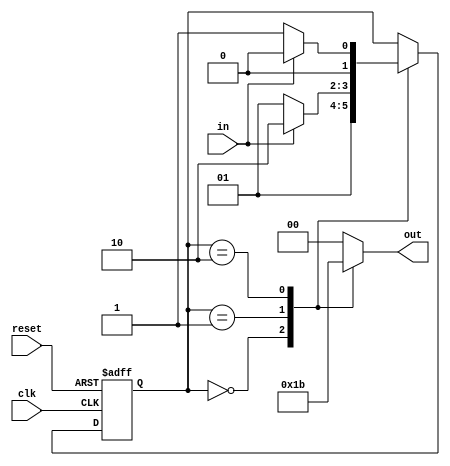
module state_machine (clk, in, reset, out);
input clk, in, reset;
output [1:0] out;
reg [1:0] out;
reg [1:0] state;
parameter S0=0, S1=1, S2=2;
always @ (state) begin
case (state)
S0:
out = 2'b01;
S1:
out = 2'b10;
S2:
out = 2'b11;
default:
out = 2'b00;
endcase
end
always @ (posedge clk or posedge reset) begin
if (reset)
state <= S0 ;
else
case (state)
S0:
state = S1 ;
S1:
if (in)
state = S2 ;
else
state = S1 ;
S2:
if (in)
state = S0 ;
else
state = S1 ;
endcase
end
endmodule